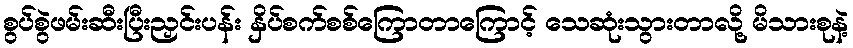
စွပ်စွဲဖမ်းဆီးပြီးညှင်းပန်း နှိပ်စက်စစ်ကြောတာကြောင့် သေဆုံးသွားတာလို့ မိသားစုနဲ့